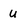
Character: u